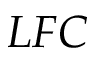
L F C